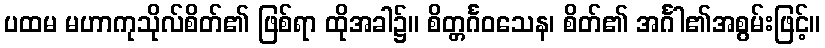
ပထမ မဟာကုသိုလ်စိတ်၏ ဖြစ်ရာ ထိုအခါ၌။ စိတ္တင်္ဂဝသေန၊ စိတ်၏ အင်္ဂါ၏အစွမ်းဖြင့်။